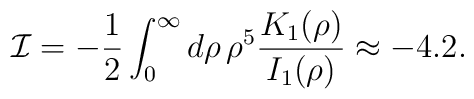
{\cal I}=-{1\over 2}\int_0^{\infty} d\rho\,\rho^5                {K_{1}(\rho)\over I_{1}(\rho)}\approx -4.2 .